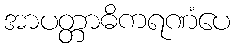
အာပတ္တာဓိကရဏံပေ